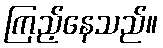
ကြည့်နေသည်။